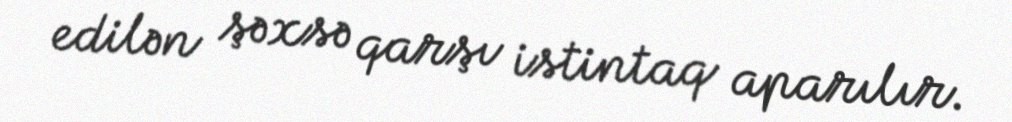
edilən şəxsə qarşı istintaq aparılır.